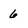
Character: 6